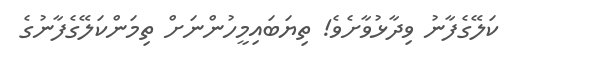
ކަލޭގެފާނު ވިދާޅުވާށެވެ! ތިޔަބައިމީހުންނަށް ތިމަންކަލޭގެފާނުގެ